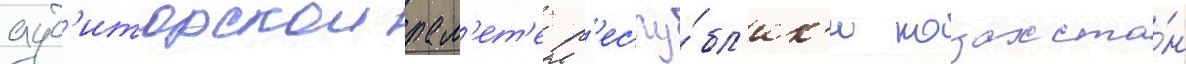
ауд'иторскои пал'ет'е р'еспу́бл'ик'и казахста́н